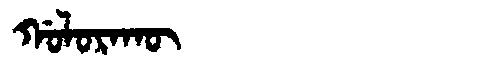
Manchu: ᡤᠣᠯᠣᡵᠠᡴᡡ
Romanization: GOLORAKŪ